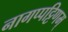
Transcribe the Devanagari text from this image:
नागप्पट्टिणम्